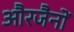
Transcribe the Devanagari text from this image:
औरजैनों